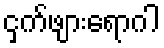
ငှက်ဖျားရောဂါ